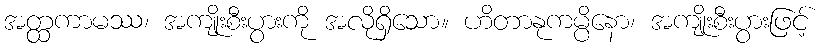
အတ္ထကာမဿ၊ အကျိုးစီးပွားကို အလိုရှိသော။ ဟိတာနုကမ္ပိနော၊ အကျိုးစီးပွားဖြင့်